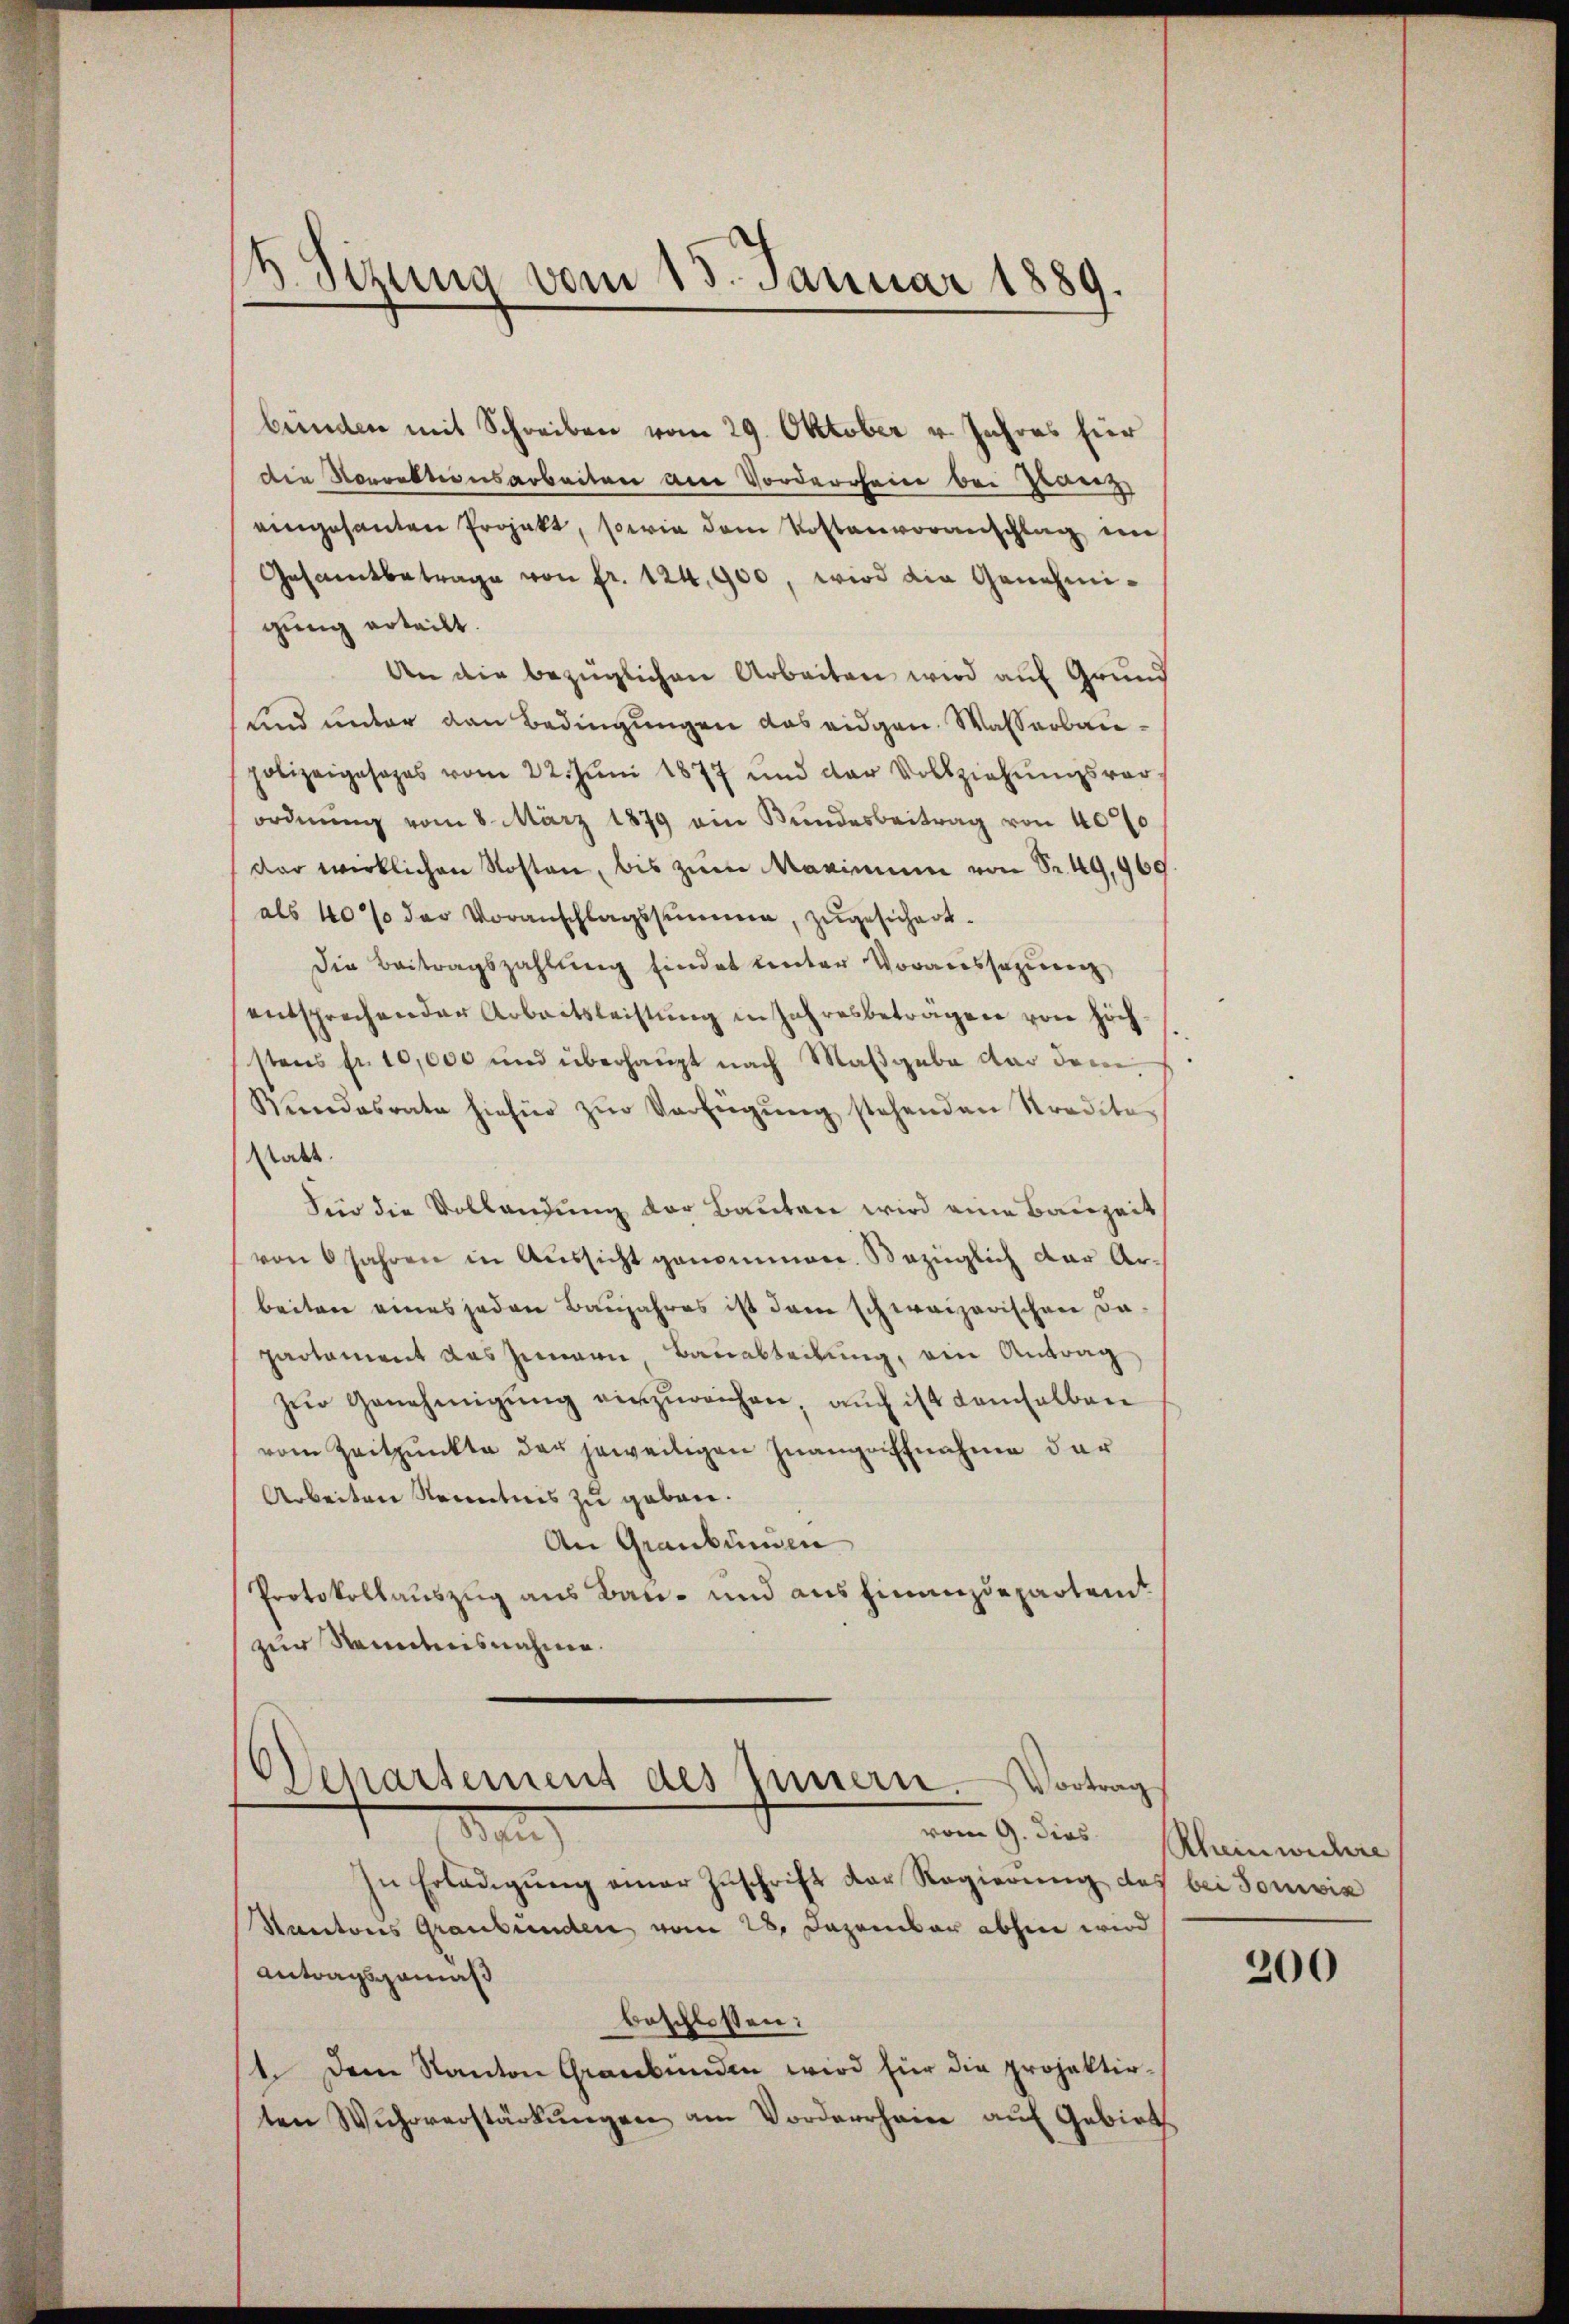
b Sizung vom 15. Januar 1889.

bünden mit Schreiben vom 29. Oktober v. Jahres hier
die Sorrektionsarbeiten am Vorderrheine bei Franz
eingesanten Projekt, sowie dem Kostenvoranschlag im
Gesamtbetrage von fr. 124,900, wird die Genehmigung erteilt.
An die bezüglichen Arbeiten wird auf Grund
und unter den Bedingungen das eidgen. Wasserbaue
polizeigesages vom 22. Jŭni 1877 und der Vollziehŭngsver-
ordnŭng vom 8. März 1879 ein Bŭndesbeitrag von 400
dar wirklichen Kosten, bis zum Maximum von Sr. 49,960.
als 40% der Voranschlagssumme, zugesichert.
die Beitragszahlung findet unter Voraussezung
entsprechender Arbeitsleistung in Jahresbeträgen von höchstens fr. 10,000 und überhaupt nach Maßgabe dar dem
Rŭndesrate hiefür zŭr Verfügŭng stehenden Stradita
statt.
Für die Vollandung der Bauten wird eine Bauzeit
von 6 Jahren in Aussicht genommen. Bezüglich dar Arbeiten eines jeden Baujahres ist dem schweizerischen da-
partament das Innern Bauabteilung, ein Antrag
zŭr Genehmigŭng einzureichen, auch ist demselben
vom Zeitpunkte der jeweiligen Inangriffnahme der
Arbeiten Kenntnis zu geben.
An Graubünden
Protokollauszug aus Bau- und aus Finanzdeparteit
zur Kenntnisnahme.

Departement des Innern. Vortrag
vom 9. dies
1

In Erlaŭgŭng einer Zŭschrift der Regierŭng des bei Sonivia
Kantons Graubünden vom 28. Dezember abhin wird
Antragsgemäß
beschlossen:
1. Dem Kanton Graubünden wird für die projektirten Wŭhrverstärkŭngen am Vorderrhein aŭf Gebiet

Rheinwichere

200